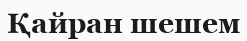
Қайран шешем